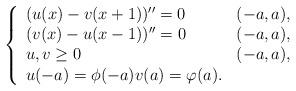
LaTeX: \begin{align*}\left \{\begin{array}{lllll}( u(x)-v(x+1) )^{\prime\prime }= 0 & (-a, a) ,\\ ( v(x)-u(x-1) )^{\prime\prime} = 0 & (-a,a), \\ u, v \ge 0 & (-a, a),\\ u(-a) =\phi(-a) v(a) =\varphi(a).\\ \end{array}\right.\end{align*}